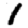
Digit: 1